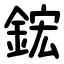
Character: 鋐